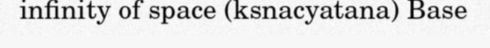
infinity of space (ksnacyatana) Base